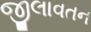
જીલાવતન